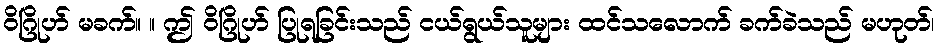
ဝိဂြိုဟ် မခက်။ ။ ဤ ဝိဂြိုဟ် ပြုရခြင်းသည် ငယ်ရွယ်သူများ ထင်သလောက် ခက်ခဲသည် မဟုတ်၊